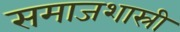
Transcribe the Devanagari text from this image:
समाजशास्री